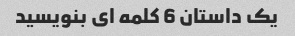
یک داستان 6 کلمه ای بنویسید